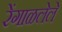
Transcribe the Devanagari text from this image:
रेंगाळलेले